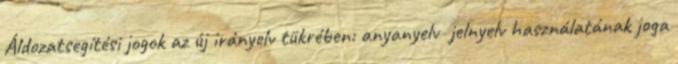
Áldozatsegítési jogok az új irányelv tükrében: anyanyelv jelnyelv használatának joga